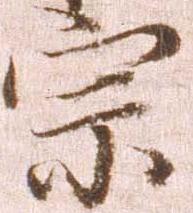
宗